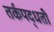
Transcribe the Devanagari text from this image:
तर्कपद्धती